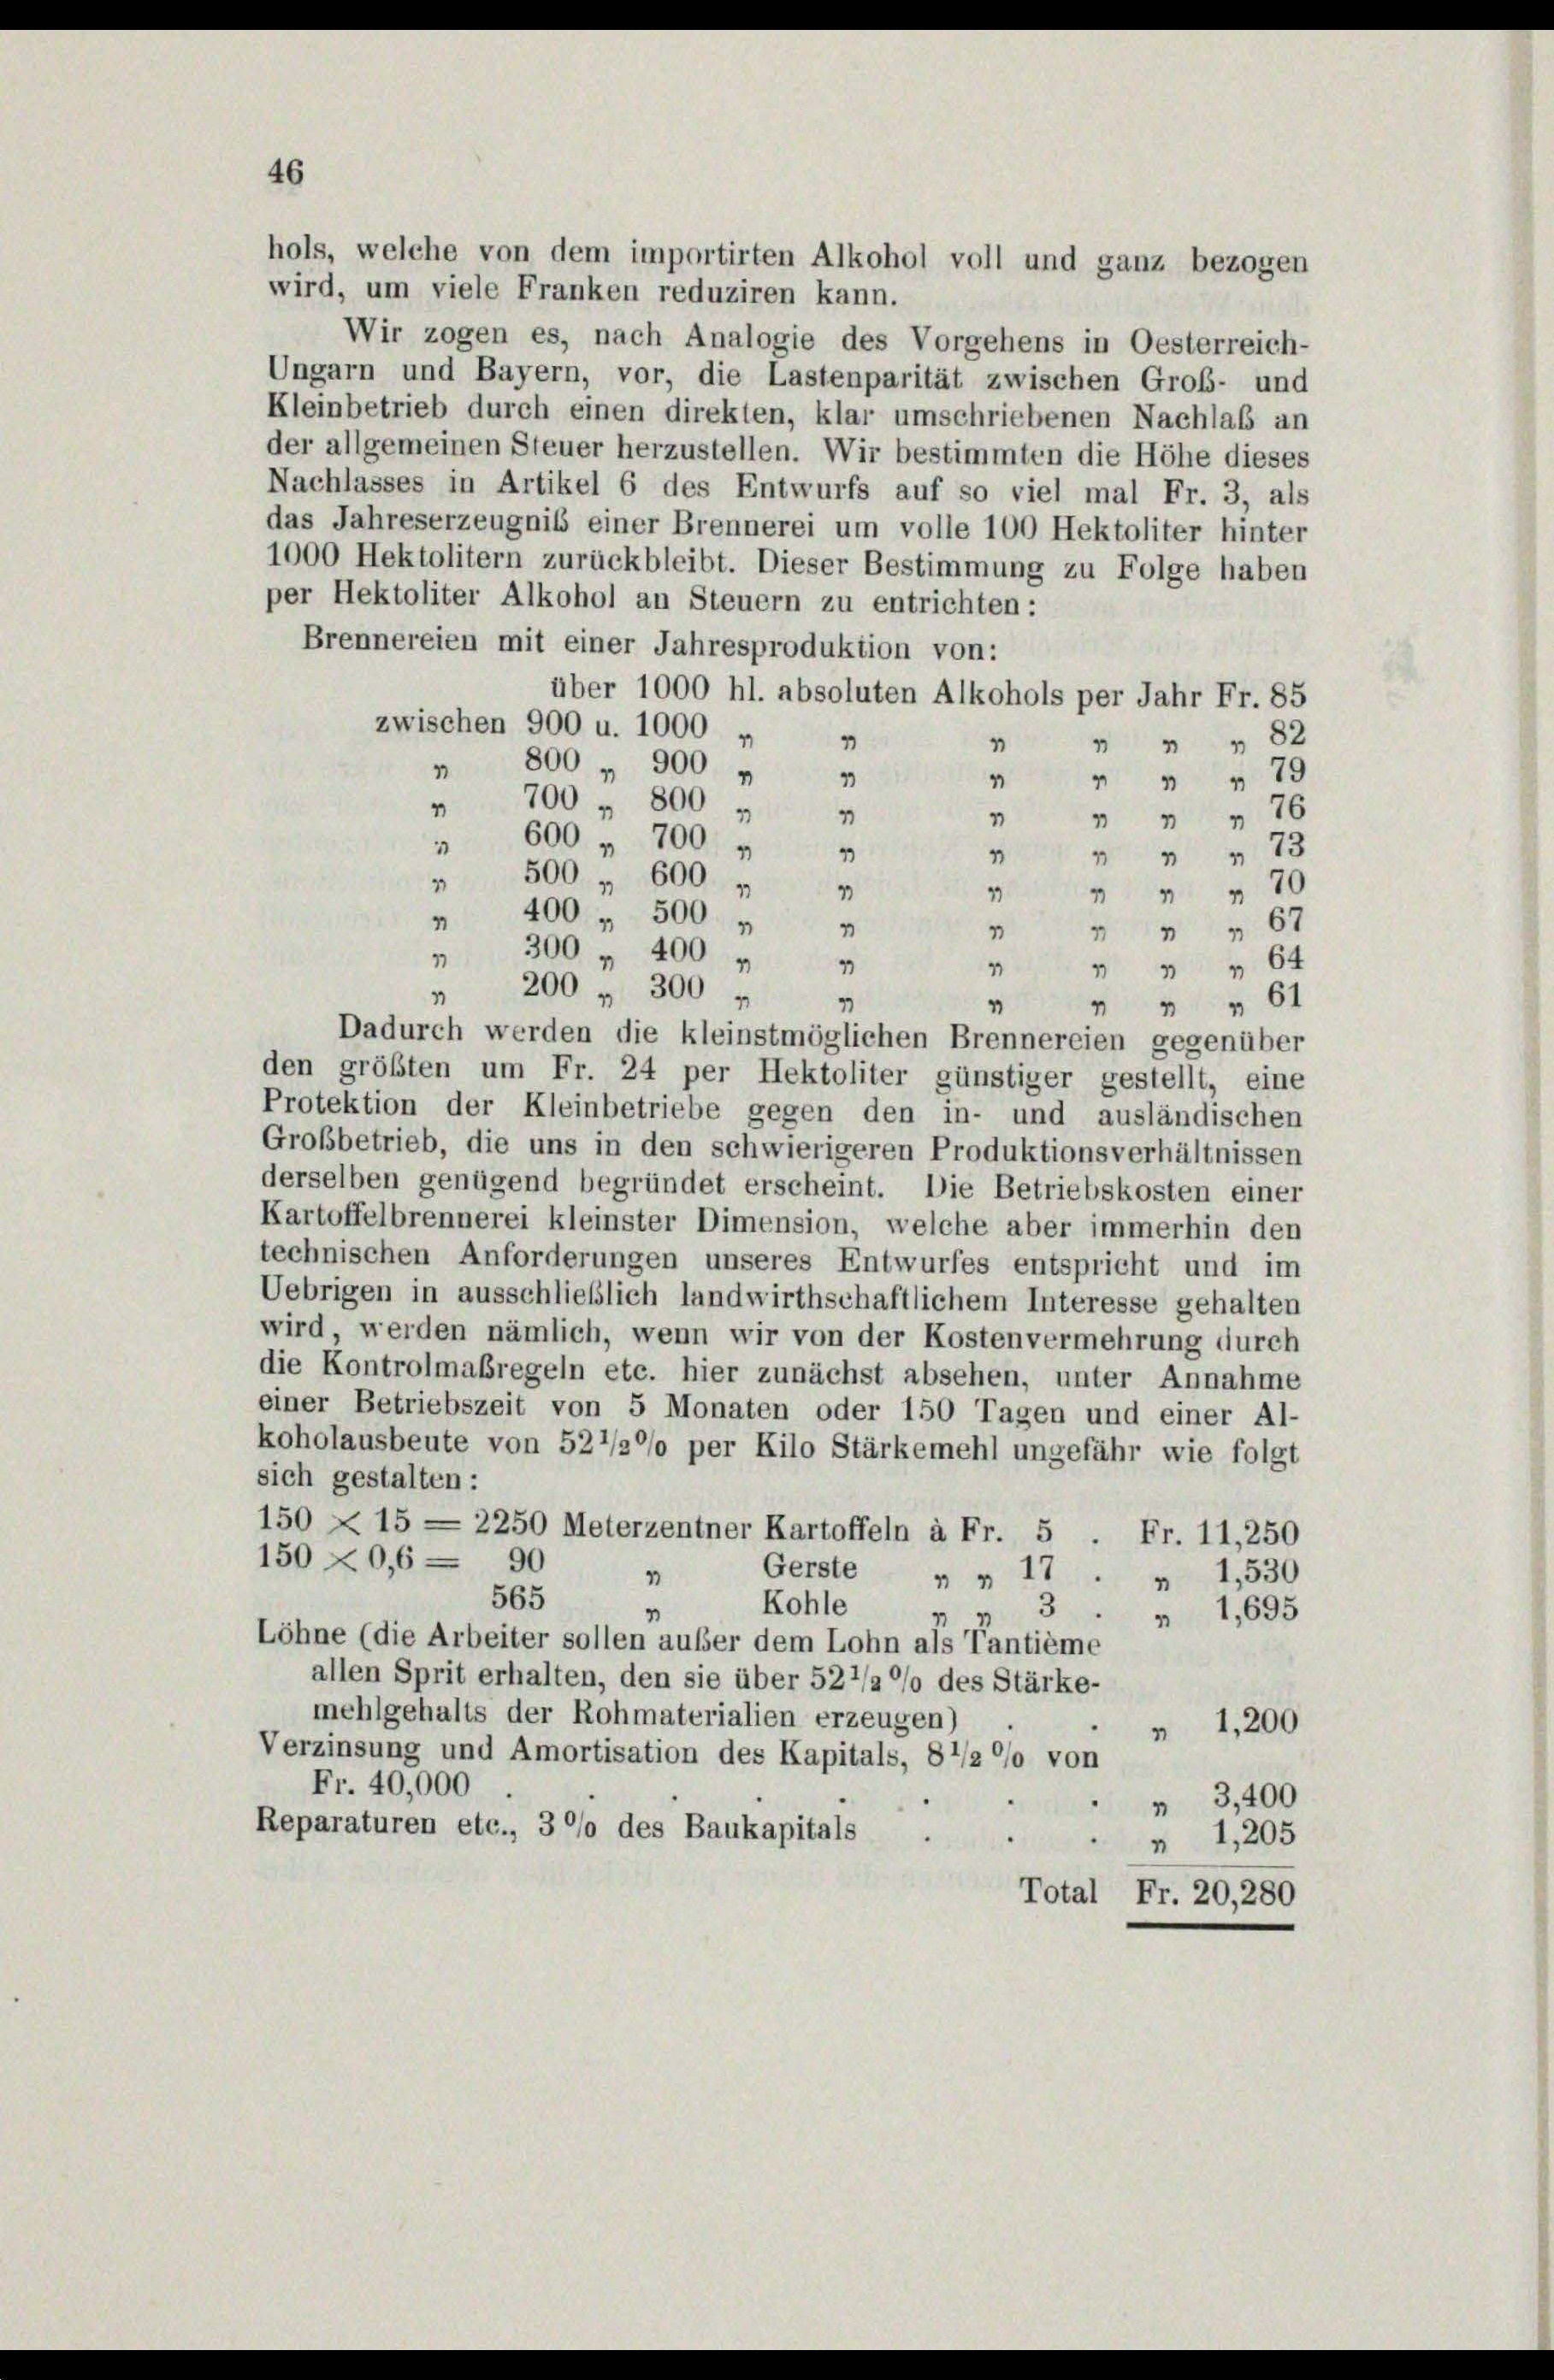
46

hols, welche von dem importirten Alkohol voll und ganz bezogen
wird, um viele Franken reduziren kann.
Wir zogen es, nach Analogie des Vorgehens in Oesterreich-
Ungarn und Bayern, vor, die Lastenparität zwischen Groß- und
Kleinbetrieb durch einen direkten, klar umschriebenen Nachlaß an
der allgemeinen Steuer herzustellen. Wir bestimmten die Höhe dieses
Nachlasses in Artikel 6 des Entwurfs auf so viel mal Fr. 3, als
das Jahreserzeugnis einer Brennerei um volle 100 Hektoliter hinter
1000 Hektolitern zurückbleibt. Dieser Bestimmung zu Folge haben
per Hektoliter Alkohol an Steuern zu entrichten:
Brennereien mit einer Jahresproduktion von:
über 1000 hl. absoluten Alkohols per Jahr Fr. 85
zwischen 900 u. 1000 „
 " " 82
4
1
800 " 900 „ „
1
" " " 79
4
" 700 " 800 " "
1
" " " 76
" 600 " 700
4
1
 73
" 500 " 600 "
4
4
" " " 70
" 400 " 500 " "
" " " " 67
" 300 " 400
4
" " " " 64
" 200 " 300
4
1
 " " 61
Dadurch werden die kleinstmöglichen Brennereien gegenüber
den größten um Fr. 24 per Hektoliter günstiger gestellt, eine
Protektion der Kleinbetriebe gegen den in- und ausländischen
Großbetrieb, die uns in den schwierigeren Produktionsverhältnissen
derselben genügend begründet erscheint. Die Betriebskosten einer
Kartoffelbrennerei kleinster Dimension, welche aber immerhin den
technischen Anforderungen unseres Entwurfes entspricht und im
Uebrigen in ausschließlich landwirthschaftlichem Interesse gehalten
wird, werden nämlich, wenn wir von der Kostenvermehrung durch
die Kontrolmaßregeln etc. hier zunächst absehen, unter Annahme
einer Betriebszeit von 5 Monaten oder 150 Tagen und einer Al-
koholausbeute von 527/2°/o per Kilo Stärkemehl ungefähr wie folgt
sich gestalten:
150 X 15 = 2250 Meterzentner Kartoffeln à Fr. 5 . Fr. 11,250
150 X0,6 = 90
Gerste
1
" " 17.
 1,530
565
Kohle
1,695
1
 3
2
Löhne (die Arbeiter sollen außer dem Lohn als Tantième
allen Sprit erhalten, den sie über 522/2 % des Stärke-
mehlgehalts der Rohmaterialien erzeugen)
 1,200
Verzinsung und Amortisation des Kapitals, 8 1/2 °/o von
Fr. 40,000
3,400
1
Reparaturen etc., 30 des Baukapitals
 1,205
Total Fr. 20, 280